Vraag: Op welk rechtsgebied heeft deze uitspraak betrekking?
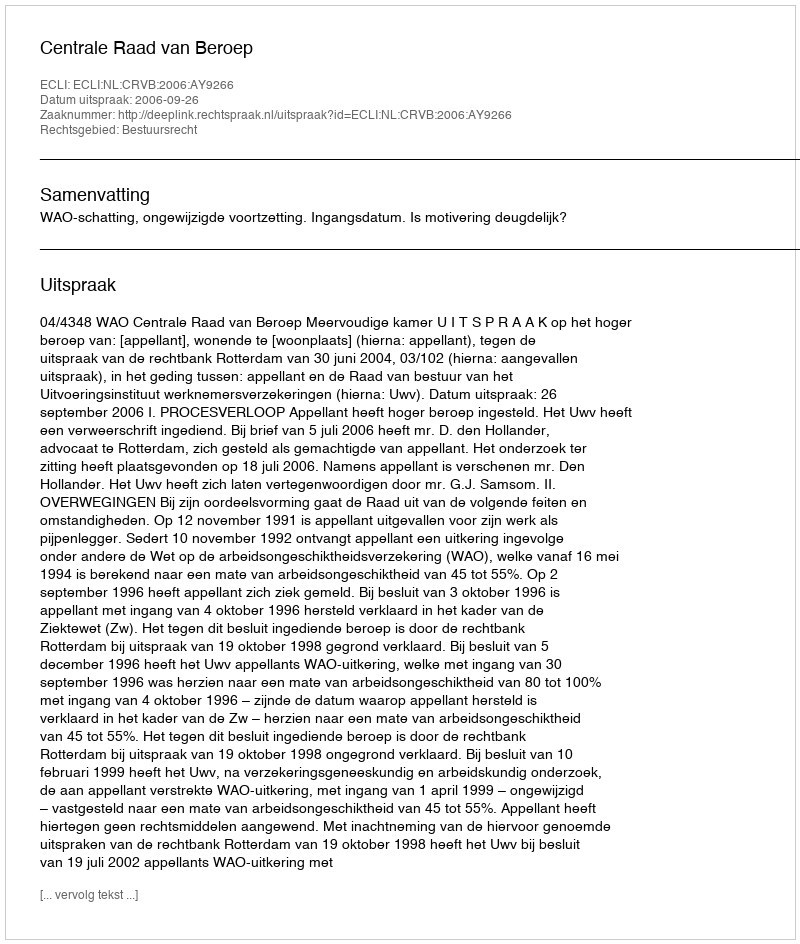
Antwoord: Bestuursrecht